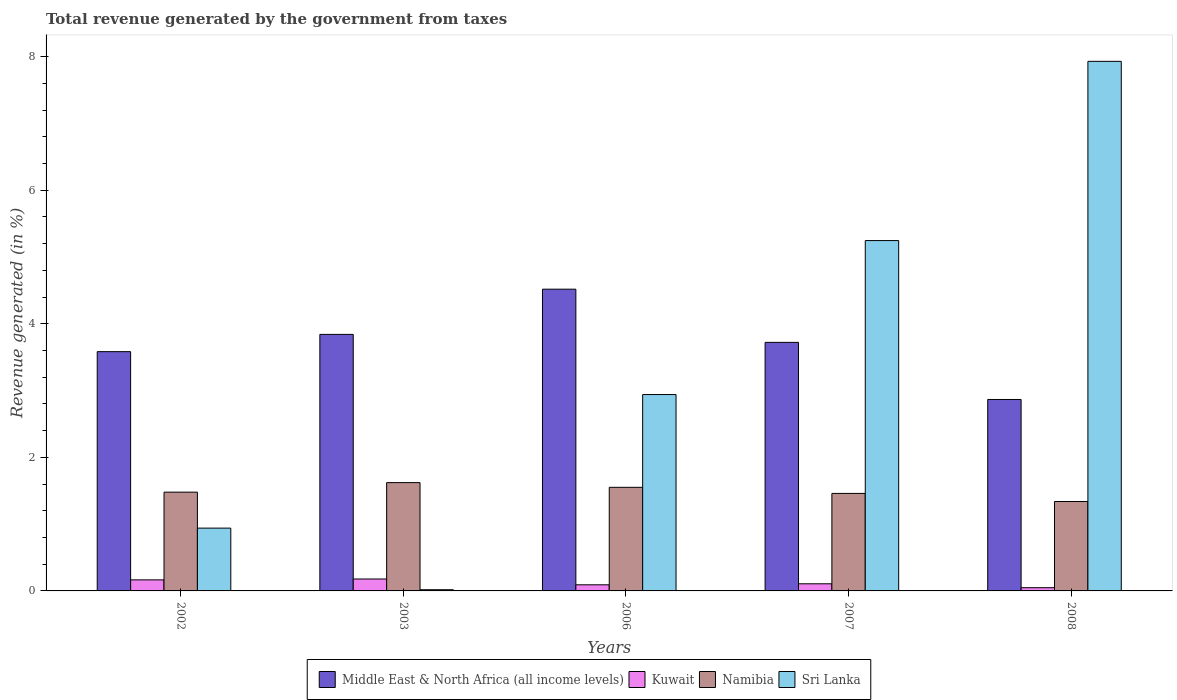
| Years | Middle East & North Africa (all income levels) | Kuwait | Namibia | Sri Lanka |
 | --- | --- | --- | --- | --- |
 | 2002 | 3.58 | 0.166 | 1.48 | 0.94 |
 | 2003 | 3.84 | 0.179 | 1.62 | 0.0179 |
 | 2006 | 4.52 | 0.0915 | 1.55 | 2.94 |
 | 2007 | 3.72 | 0.107 | 1.46 | 5.25 |
 | 2008 | 2.87 | 0.0483 | 1.34 | 7.93 |